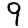
Digit: 9